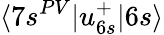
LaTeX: \langle 7s^{PV}|u_{6s}^{+}|6s\rangle